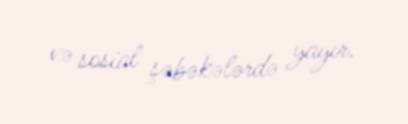
və sosial şəbəkələrdə yayır.